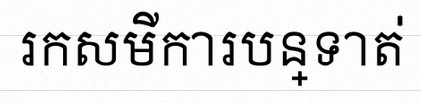
រកសមីការបន្ទាត់